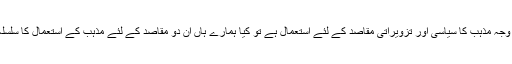
دوسری بنیادی وجہ مذہب کا سیاسی اور تزویراتی مقاصد کے لئے استعمال ہے تو کیا ہمارے ہاں ان دو مقاصد کے لئے مذہب کے استعمال کا سلسلہ رک گیا ہے ؟